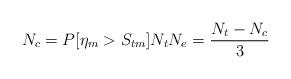
LaTeX: \begin{align*}N_c=P[\eta_m >S_{tm}]N_t N_e=\frac{N_t-N_c}{3}\end{align*}